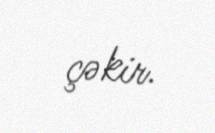
çəkir.